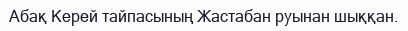
Абақ Керей тайпасының Жастабан руынан шыққан.